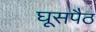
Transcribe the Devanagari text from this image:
घूसपैठ